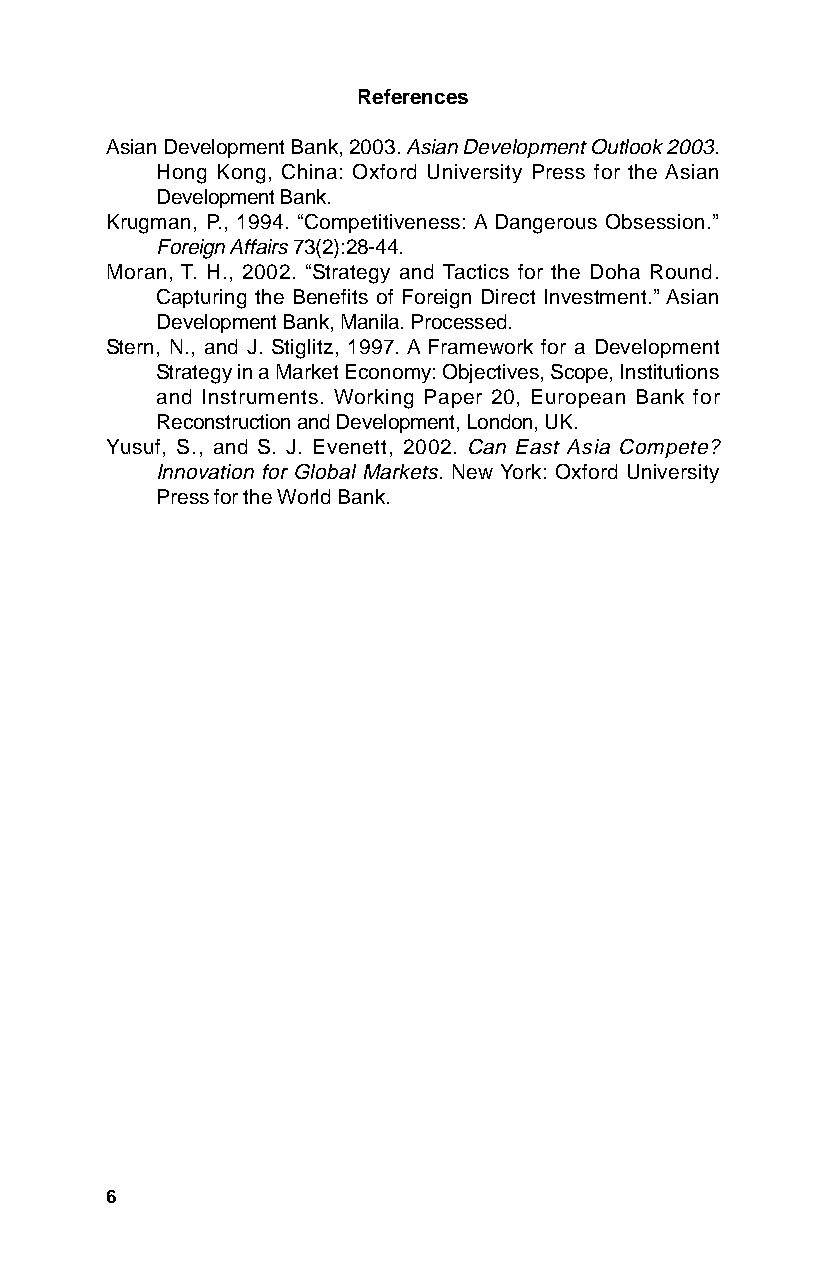
References
 Asian Development Bank, 2003. Asian Development Outlook 2003.
 Hong Kong, China: Oxford University Press for the Asian
 Development Bank.
 Krugman, P., 1994. “Competitiveness: A Dangerous Obsession.”
 Foreign Affairs 73(2):28-44.
 Moran, T. H., 2002. “Strategy and Tactics for the Doha Round.
 Capturing the Benefits of Foreign Direct Investment.” Asian
 Development Bank, Manila. Processed.
 Stern, N., and J. Stiglitz, 1997. A Framework for a Development
 Strategy in a Market Economy: Objectives, Scope, Institutions
 and Instruments. Working Paper 20, European Bank for
 Reconstruction and Development, London, UK.
 Yusuf, S., and S. J. Evenett, 2002. Can East Asia Compete?
 Innovation for Global Markets. New York: Oxford University
 Press for the World Bank.
 6